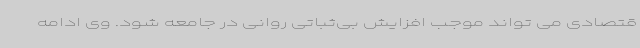
قتصادی می تواند موجب افزایش بی‌ثباتی روانی در جامعه شود. وی ادامه